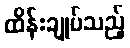
ထိန်းချုပ်သည့်